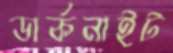
ডার্কনাইট